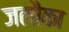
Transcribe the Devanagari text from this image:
जलौका